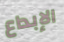
الإبداع